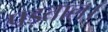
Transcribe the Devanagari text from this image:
पड़ताल।